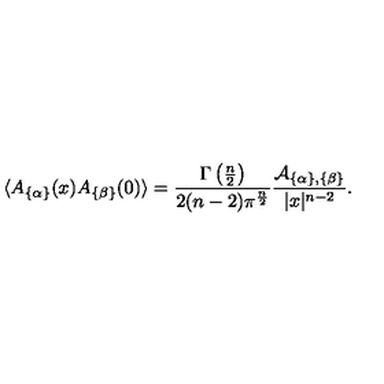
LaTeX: \langle A _ { \{ \alpha \} } ( x ) A _ { \{ \beta \} } ( 0 ) \rangle = { \frac { \Gamma \left( { \frac { n } { 2 } } \right) } { 2 ( n - 2 ) \pi ^ { \frac { n } { 2 } } } } { \frac { { \cal A } _ { \{ \alpha \} , \{ \beta \} } } { | x | ^ { n - 2 } } } .